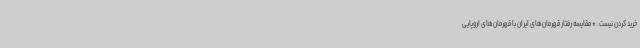
خرید کردن نیست. * مقایسه رفتار قهرمان‌های ایران با قهرمان‌های اروپایی